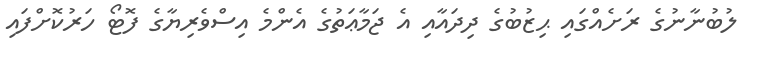
ލުބުނާނުގެ ރަށެއްގައި ޙިޒުބުގެ ދިދައާއި އެ ޖަމާޢަތުގެ އެންމެ އިސްވެރިޔާގެ ފޮޓޯ ހަރުކޮށްފައި